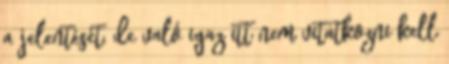
a jelentését, de való igaz itt nem vitatkozni kell